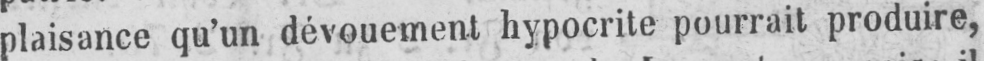
plaisance qu’un dévouement hypocrite pourrait produire,